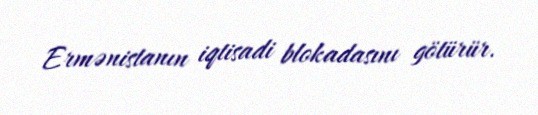
Ermənistanın iqtisadi blokadasını götürür.